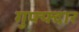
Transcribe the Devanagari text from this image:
गुफ्फ्दार